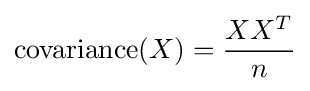
\mathrm {covariance} (X)={\frac {XX^{T}}{n}}